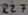
Text: R27